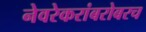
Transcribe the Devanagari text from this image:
नेवरेकरांबरोबरच